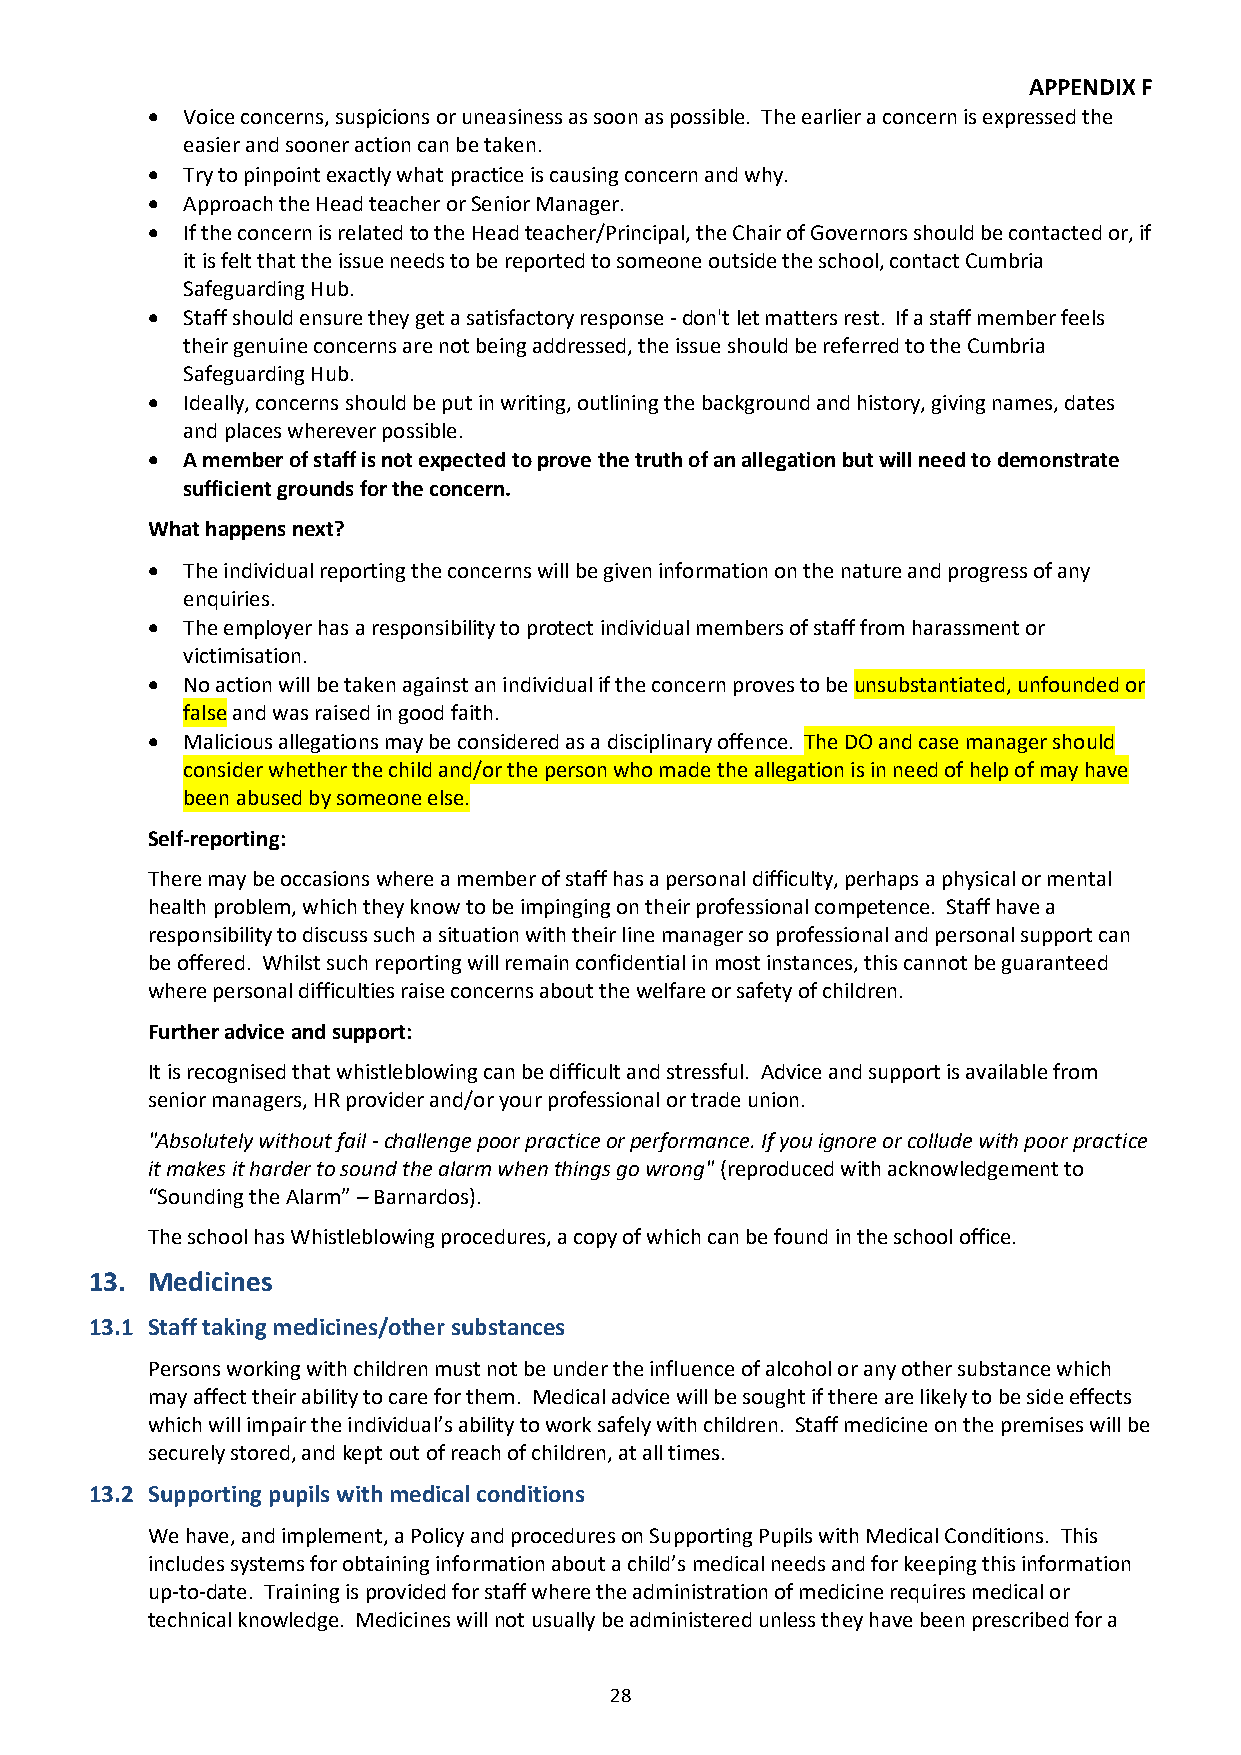
APPENDIX F
 • Voice concerns, suspicions or uneasiness as soon as possible. The earlier a concern is expressed the
 easier and sooner action can be taken.
 • Try to pinpoint exactly what practice is causing concern and why.
 • Approach the Head teacher or Senior Manager.
 • If the concern is related to the Head teacher/Principal, the Chair of Governors should be contacted or, if
 it is felt that the issue needs to be reported to someone outside the school, contact Cumbria
 Safeguarding Hub.
 • Staff should ensure they get a satisfactory response - don't let matters rest. If a staff member feels
 their genuine concerns are not being addressed, the issue should be referred to the Cumbria
 Safeguarding Hub.
 • Ideally, concerns should be put in writing, outlining the background and history, giving names, dates
 and places wherever possible.
 • A member of staff is not expected to prove the truth of an allegation but will need to demonstrate
 sufficient grounds for the concern.
 What happens next?
 • The individual reporting the concerns will be given information on the nature and progress of any
 enquiries.
 • The employer has a responsibility to protect individual members of staff from harassment or
 victimisation.
 • No action will be taken against an individual if the concern proves to be unsubstantiated, unfounded or
 false and was raised in good faith.
 • Malicious allegations may be considered as a disciplinary offence. The DO and case manager should
 consider whether the child and/or the person who made the allegation is in need of help of may have
 been abused by someone else.
 Self-reporting:
 There may be occasions where a member of staff has a personal difficulty, perhaps a physical or mental
 health problem, which they know to be impinging on their professional competence. Staff have a
 responsibility to discuss such a situation with their line manager so professional and personal support can
 be offered. Whilst such reporting will remain confidential in most instances, this cannot be guaranteed
 where personal difficulties raise concerns about the welfare or safety of children.
 Further advice and support:
 It is recognised that whistleblowing can be difficult and stressful. Advice and support is available from
 senior managers, HR provider and/or your professional or trade union.
 "Absolutely without fail - challenge poor practice or performance. If you ignore or collude with poor practice
 it makes it harder to sound the alarm when things go wrong" (reproduced with acknowledgement to
 “Sounding the Alarm” – Barnardos).
 The school has Whistleblowing procedures, a copy of which can be found in the school office.
 13. Medicines
 13.1 Staff taking medicines/other substances
 Persons working with children must not be under the influence of alcohol or any other substance which
 may affect their ability to care for them. Medical advice will be sought if there are likely to be side effects
 which will impair the individual’s ability to work safely with children. Staff medicine on the premises will be
 securely stored, and kept out of reach of children, at all times.
 13.2 Supporting pupils with medical conditions
 We have, and implement, a Policy and procedures on Supporting Pupils with Medical Conditions. This
 includes systems for obtaining information about a child’s medical needs and for keeping this information
 up-to-date. Training is provided for staff where the administration of medicine requires medical or
 technical knowledge. Medicines will not usually be administered unless they have been prescribed for a
 28